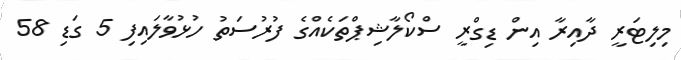
މިލިޓަރީ ދާއިރާ އިން ޑިގްރީ ސްކޯލާޝިޕްތަކެއްގެ ފުރުސަތު ހުޅުވާލައިފި 5 ގަޑި 58